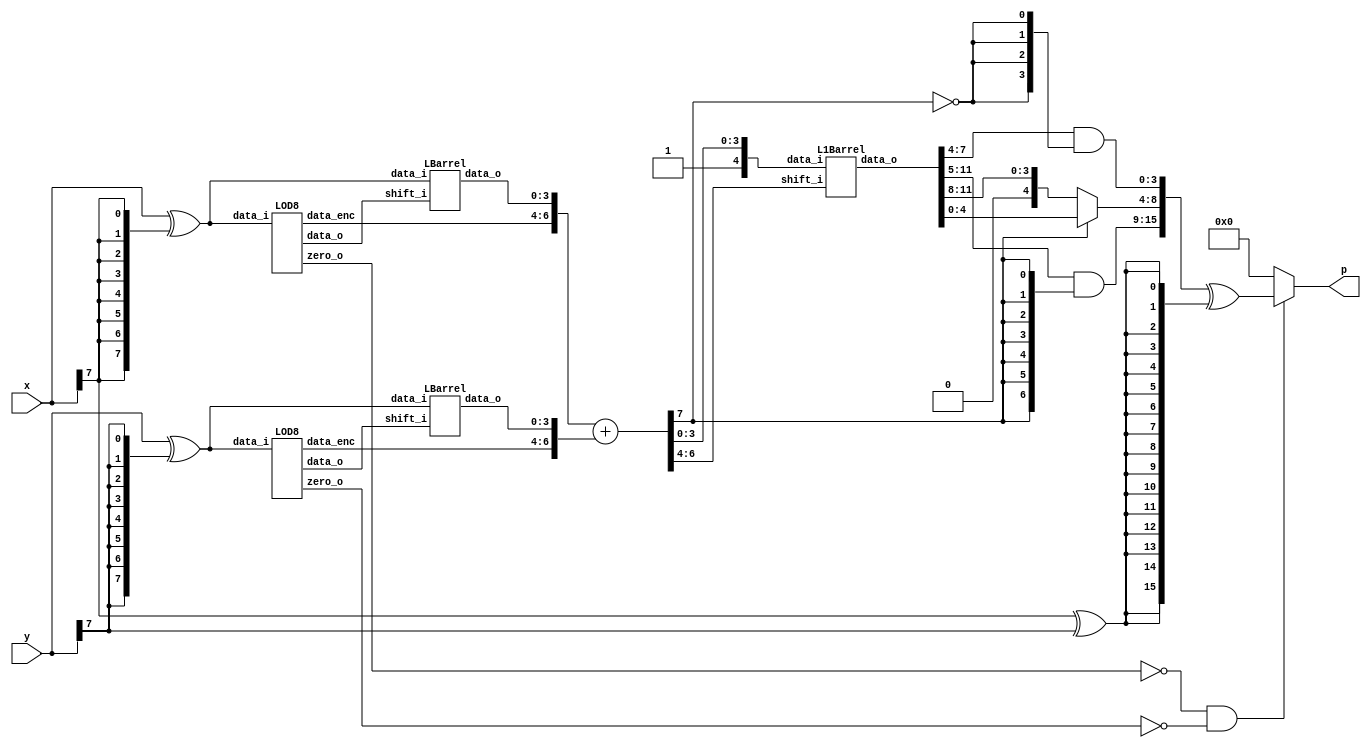
module QLM_w5q3(
    input [7:0] x,
    input [7:0] y,
    output [15:0] p
    );
    // X branch 
    
    // First complement 
    wire [7:0] x_abs;
    assign x_abs = x ^ {8{x[7]}};

    // LOD + Priority Encoder
    wire [7:0] k_x0;
    wire zero_x0;
    wire [2:0] k_x0_enc;

    LOD8 lod_x0(
        .data_i(x_abs),
        .zero_o(zero_x0),
        .data_o(k_x0),
        .data_enc(k_x0_enc));

    // LBarrel 
    wire [3:0] x_shift;

    LBarrel Lshift_x0(
        .data_i(x_abs),
        .shift_i(k_x0),
        .data_o(x_shift));

    // Y branch 
    
    // First complement 
    wire [7:0] y_abs;
    assign y_abs = y ^ {8{y[7]}};
    
    // LOD + Priority Encoder
    wire [7:0] k_y0;
    wire zero_y0;
    wire [2:0] k_y0_enc;
    
    LOD8 lod_y0(
        .data_i(y_abs),
        .zero_o(zero_y0),
        .data_o(k_y0),
        .data_enc(k_y0_enc));
      
    // LBarrel 
    wire [3:0] y_shift;
    
    LBarrel Lshift_y0(
        .data_i(y_abs),
        .shift_i(k_y0),
        .data_o(y_shift));

    // Addition 
    wire [7:0] x_log;
    wire [7:0] y_log;
    wire [7:0] p_log;
    
    assign x_log = {1'b0,k_x0_enc,x_shift};
    assign y_log = {1'b0,k_y0_enc,y_shift};
   
    assign p_log = x_log + y_log;


    // Antilogarithm stage
    wire [12:0] p_l1b;
    wire [4:0] l1_input;
    
    assign l1_input = {1'b1,p_log[3:0]};

    L1Barrel L1shift_plog(
        .data_i(l1_input),
        .shift_i(p_log[6:4]),
        .data_o(p_l1b));
    
    // Low part of product 
    wire [3:0] p_low;
    wire not_k_l5 = ~p_log[7];
    
    assign p_low = p_l1b[7:4] & {4{not_k_l5}};

    // Medium part of product 
    wire [4:0] p_med;

    assign p_med = p_log[7] ? p_l1b[4:0] : p_l1b[11:8];

    // High part of product 
    wire [6:0] p_high;
    assign p_high = p_l1b[11:5] & {7{p_log[7]}};

    // Final product
    
    wire [15:0] PP_abs;
    assign PP_abs = {p_high,p_med,p_low};

    // Sign conversion 
    wire p_sign;
    wire [15:0] PP_temp;
 
    assign p_sign = x[7] ^ y[7];
    assign PP_temp = PP_abs ^ {16{p_sign}};

    //Zero mux0
    wire notZeroA, notZeroB, notZeroD;
    assign notZeroA = ~zero_x0 ;
    assign notZeroB = ~zero_y0 ;
    assign notZeroD = notZeroA & notZeroB;
    
    assign p = notZeroD? PP_temp : 16'b0;

endmodule

module LOD8(
    input [7:0] data_i,
    output zero_o,
    output [7:0] data_o,
    output [2:0] data_enc
    );
	
    wire [7:0] z;
    wire [1:0] zdet;
    wire [1:0] select;
    //*****************************************
    // Zero detection logic:
    //*****************************************
    assign zdet[1] = |(data_i[7:4]) ;
    assign zdet[0] = |(data_i[3]);
    assign zero_o = ~( zdet[1] | zdet[0]);
    //*****************************************
    // LODs:
    //*****************************************
    LOD4 lod2_1 (
        .data_i(data_i[7:4]), 
        .data_o(z[7:4])
        );
    assign z[3] = data_i[3];
    //*****************************************
    // Select signals
    //*****************************************    
    LOD2 Middle(
        .data_i(zdet), 
        .data_o(select)       
    );

	 //*****************************************
	 // Multiplexers :
	 //*****************************************
	wire [7:0] tmp_out;
	

	Muxes2in1Array4 Inst_MUX214_1 (
        .data_i(z[7:4]), 
        .select_i(select[1]), 
        .data_o(tmp_out[7:4])
    );

    assign tmp_out[3] = select[0] & z[3];
    assign tmp_out[2:0] = 3'b0;

    // Enconding
    wire [2:0] low_enc; 
    assign low_enc = tmp_out[3:1] | tmp_out[7:5];

    assign data_enc[2] = select[1];
    assign data_enc[1] = low_enc[2] | low_enc[1];
    assign data_enc[0] = low_enc[2] | low_enc[0];


    // One hot
    assign data_o = tmp_out;

    
endmodule

module LOD4(
    input [3:0] data_i,
    output [3:0] data_o
    );
	 
    
    wire mux0;
    wire mux1;
    wire mux2;
    
    // multiplexers:
    assign mux2 = (data_i[3]==1) ? 1'b0 : 1'b1;
    assign mux1 = (data_i[2]==1) ? 1'b0 : mux2;
    assign mux0 = (data_i[1]==1) ? 1'b0 : mux1;
    
    //gates and IO assignments:
    assign data_o[3] = data_i[3];
    assign data_o[2] =(mux2 & data_i[2]);
    assign data_o[1] =(mux1 & data_i[1]);
    assign data_o[0] =(mux0 & data_i[0]);

endmodule

module LOD2(
    input [1:0] data_i,
    output [1:0] data_o
    );
	 
    assign data_o[1] = data_i[1];
    assign data_o[0] = ~data_i[1] & data_i[0];

endmodule

module Muxes2in1Array4(
    input [3:0] data_i,
    input select_i,
    output [3:0] data_o
    );

	assign data_o[3] = select_i ? data_i[3] : 1'b0;
	assign data_o[2] = select_i ? data_i[2] : 1'b0;
	assign data_o[1] = select_i ? data_i[1] : 1'b0;
	assign data_o[0] = select_i ? data_i[0] : 1'b0;
	
endmodule

module Muxes2in1Array2(
    input [1:0] data_i,
    input select_i,
    output [1:0] data_o
    );

	assign data_o[1] = select_i ? data_i[1] : 1'b0;
	assign data_o[0] = select_i ? data_i[0] : 1'b0;
	
endmodule

module LBarrel(
    input  [7:0] data_i,
    input  [7:0] shift_i,
    output [3:0] data_o);
    
    assign data_o[3] = |(data_i[5:3] & shift_i[6:4]);

    assign data_o[2] = |(data_i[4:3] & shift_i[6:5]);
    
    assign data_o[1] = |(data_i[3] & shift_i[6]);

    assign data_o[0] = 1'b0;

endmodule

module L1Barrel(
    input [4:0] data_i,
    input [2:0] shift_i,
    output reg [12:0] data_o);
    always @*
        case (shift_i)
           4'b0000: data_o = data_i;
           4'b0001: data_o = data_i << 1;
           4'b0010: data_o = data_i << 2;
           4'b0011: data_o = data_i << 3;
           4'b0100: data_o = data_i << 4;
           4'b0101: data_o = data_i << 5;
           4'b0110: data_o = data_i << 6;
           default: data_o = data_i << 7;
        endcase
endmodule